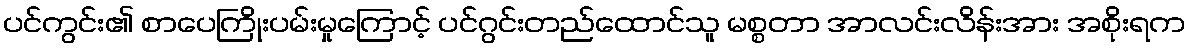
ပင်ကွင်း၏ စာပေကြိုးပမ်းမှုကြောင့် ပင်ဂွင်းတည်ထောင်သူ မစ္စတာ အာလင်းလိန်းအား အစိုးရက